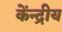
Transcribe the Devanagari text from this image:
केंन्‍द्रीय